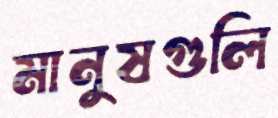
মানুষগুলি